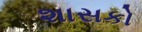
શાસકો